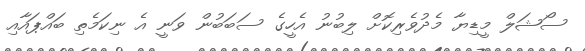
ސޯޝަލް މީޑިޔާ މެދުވެރިކޮށް ލިބުނު އެހީގެ ސަބަބުން ވަނީ އެ ނިކަމެތި ބައްޕައާއި